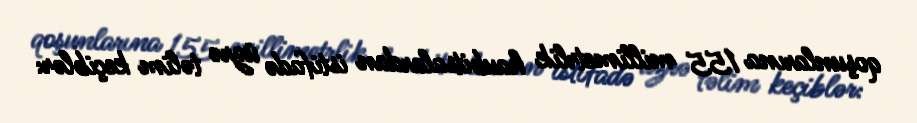
qoşunlarına 155 millimetrlik haubitsalardan istifadə üzrə təlim keçiblər: